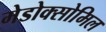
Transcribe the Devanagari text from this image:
मेडोक्सोमिल